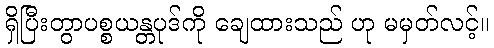
ရှိပြီးတွာပစ္စယန္တပုဒ်ကို ချေထားသည် ဟု မမှတ်လင့်။